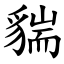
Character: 貒